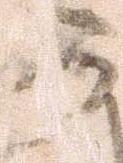
可